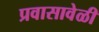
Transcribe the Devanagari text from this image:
प्रवासावेळी